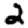
Digit: 2